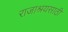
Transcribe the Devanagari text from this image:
राजाश्रयसाठी